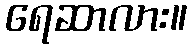
ရေဆာလား။